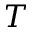
T